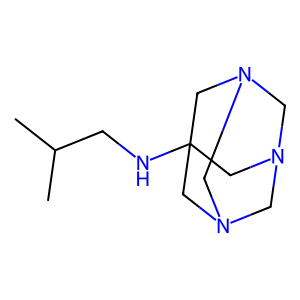
SMILES: CC(C)CNC12CN3CN(CN(C3)C1)C2
Inhibits HIV replication: No